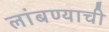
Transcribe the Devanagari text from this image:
लांबण्याची